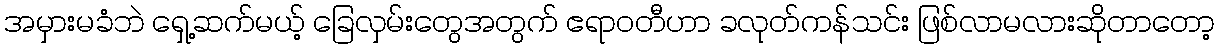
အမှားမခံဘဲ ရှေ့ဆက်မယ့် ခြေလှမ်းတွေအတွက် ဧရာဝတီဟာ ခလုတ်ကန်သင်း ဖြစ်လာမလားဆိုတာတော့